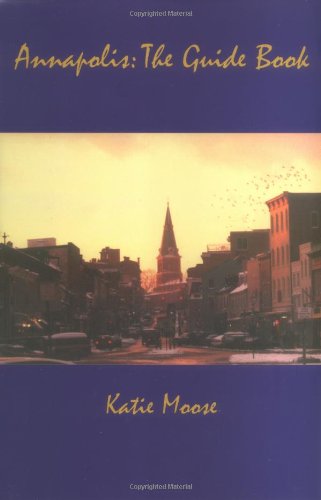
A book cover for Annapolis The Guidebook; Katie Moose; Travel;